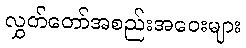
လွှတ်တော်အစည်းအဝေးများ